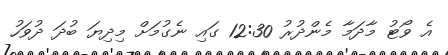
އެ ވޯޓު މާދަމާ މެންދުރު 12:30 ގައި ނެގުމަށް މިދިޔަ ބުދަ ދުވަހު